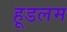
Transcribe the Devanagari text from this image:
हूडलम